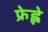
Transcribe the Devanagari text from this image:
फ्रेह्ले